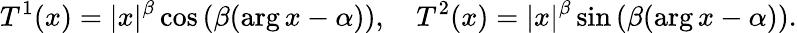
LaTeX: T^{1}(x)=|x|^{\beta}\cos{(\beta(\arg x-\alpha))},\quad T^{2}(x)=|x|^{\beta}\sin{(\beta(\arg x-\alpha))}.